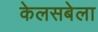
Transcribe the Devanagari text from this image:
केलसबेला